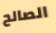
الصالح